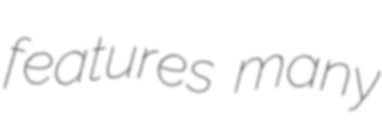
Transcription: features many